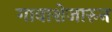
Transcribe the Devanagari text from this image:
गावाशेजारुन